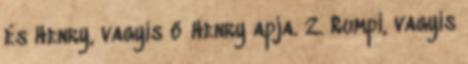
és Henry, vagyis ő Henry apja. 2. Rumpi, vagyis